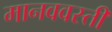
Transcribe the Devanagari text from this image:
मानववस्ती